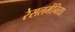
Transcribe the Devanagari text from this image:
रेसलमेंनिया